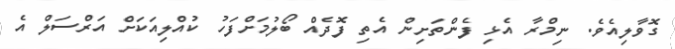
ގޮވާލިއެވެ. ނިމްރާ އެޅި ފެންތަށިން އެތި ފޮދެއް ބޯލުމަށްފަހު ކުއްލިއަކަށް އަރްސަލް އެ